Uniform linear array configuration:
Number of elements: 8
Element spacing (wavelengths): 0.75
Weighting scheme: binomial
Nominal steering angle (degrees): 45
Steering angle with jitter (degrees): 45.149
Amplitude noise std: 0.05
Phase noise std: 0.05

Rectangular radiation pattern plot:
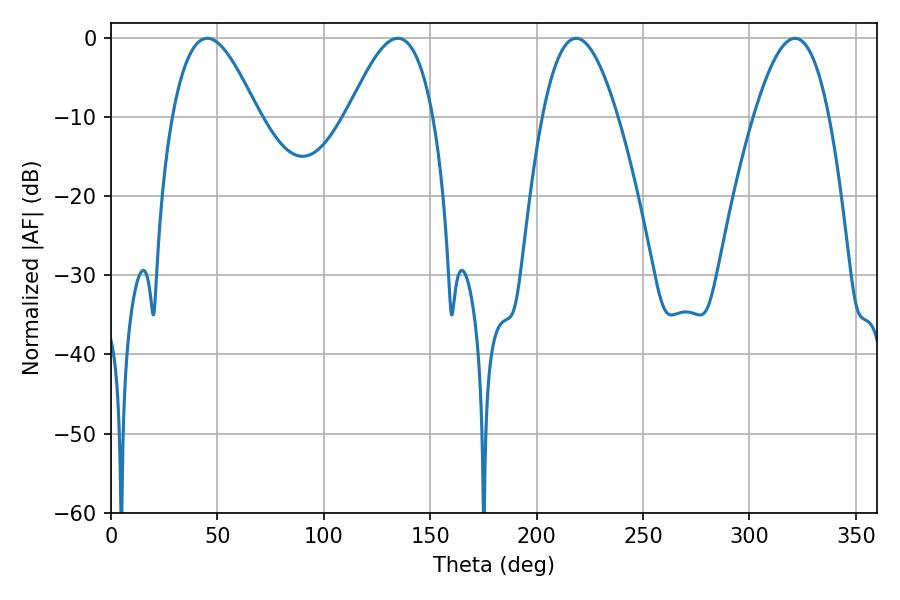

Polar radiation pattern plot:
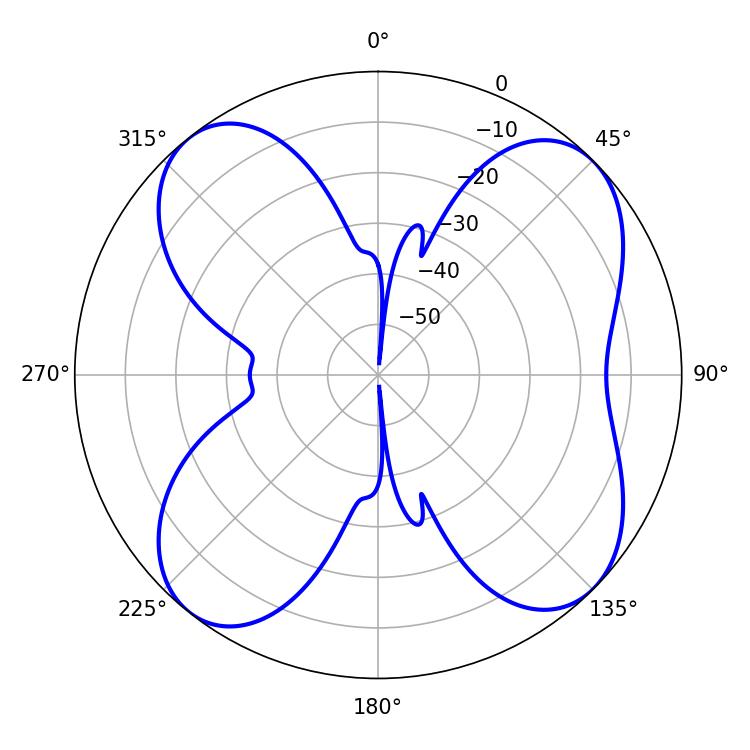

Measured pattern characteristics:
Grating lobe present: TRUE
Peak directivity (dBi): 10.834
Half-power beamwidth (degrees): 21.6
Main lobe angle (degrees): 45.18